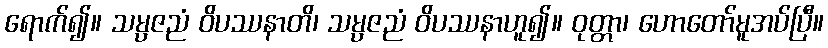
ရောက်၍။ သမ္ပဇညံ ဝိပဿနာတိ၊ သမ္ပဇညံ ဝိပဿနာဟူ၍။ ဝုတ္တာ၊ ဟောတော်မူအပ်ပြီ။